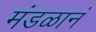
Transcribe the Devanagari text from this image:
मंडळानं